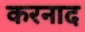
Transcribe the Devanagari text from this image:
करनाद